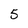
Character: 5